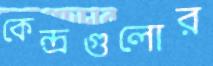
কেন্দ্রগুলোর